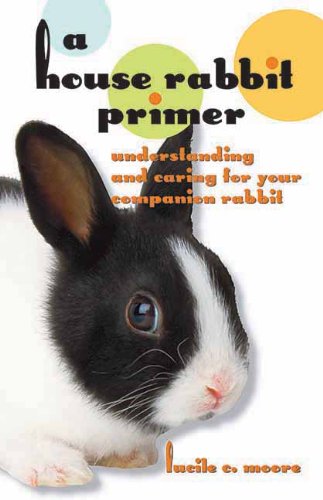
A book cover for A House Rabbit Primer: Understanding and Caring for Your Companion Rabbit; Lucile C Moore; Crafts, Hobbies & Home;